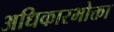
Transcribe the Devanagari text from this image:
अधिकारभोक्ता